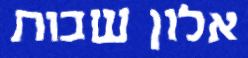
אלון שבות